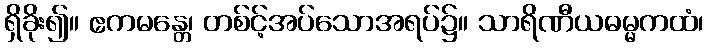
ရှိခိုး၍။ ဧကမန္တေ၊ တစ်င့်အပ်သောအရပ်၌။ သာရိဏီယဓမ္မကထံ၊